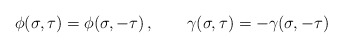
\begin{align*} \phi(\sigma ,\tau)=\phi(\sigma ,-\tau)\,,\qquad \gamma(\sigma ,\tau)=-\gamma(\sigma ,-\tau)\end{align*}